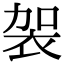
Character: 袈